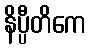
နိပ္ပီတိကေ